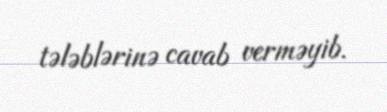
tələblərinə cavab verməyib.